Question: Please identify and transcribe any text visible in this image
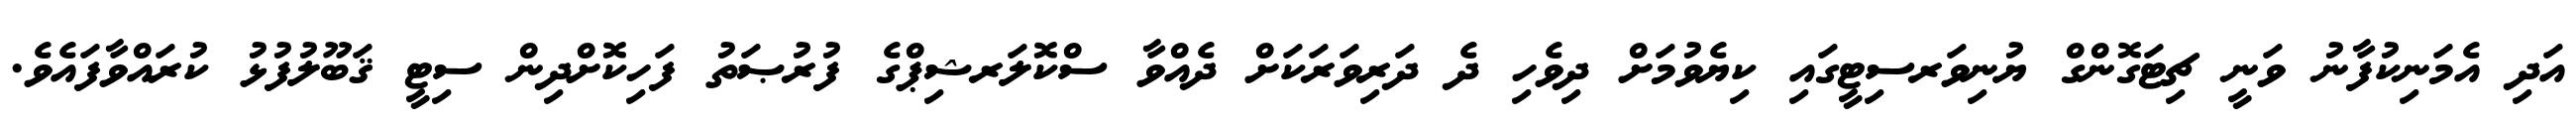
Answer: އަދި އެމަނިކުފާނު ވަނީ ޗިޓަގޮންގް ޔުނިވަރސިޓީގައި ކިޔެވުމަށް ދިވެހި ދެ ދަރިވަރަކަށް ދެއްވާ ސްކޮލަރޝިޕްގެ ފުރުޞަތު ފަހިކޮށްދިން ސިޓީ ޤަބޫލުފުޅު ކުރައްވާފައެވެ.